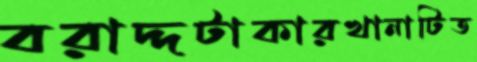
বরাদ্দটাকারখানাটিত